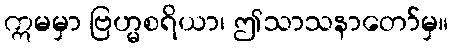
ဣမမှာ ဗြဟ္မစရိယာ၊ ဤသာသနာတော်မှ။